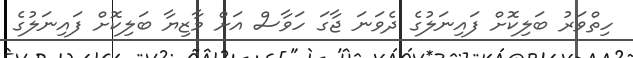
ހިތްވަރު ބަލިކޮށް ފައިނަލުގެ ދެވަނަ ޖާގަ ހަވާސް އަށް މާޒިޔާ ބަލިކޮށް ފަައިނަލުގެ